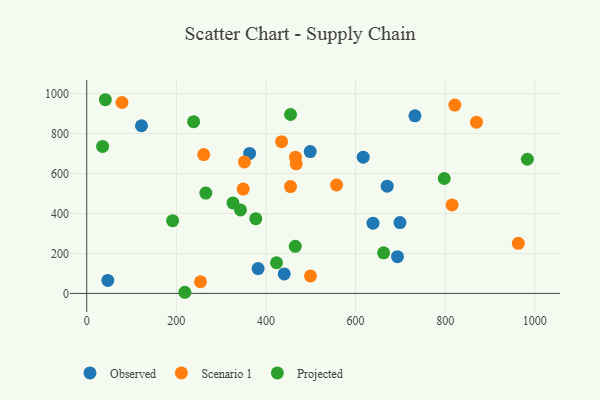
{"axis": {"x": "Engine Size", "y": "Fuel Efficiency"}, "legend": ["Observed", "Projected", "Scenario 1"], "data": [{"x": "363.6", "y": 700.1, "type": "Observed"}, {"x": "382.5", "y": 124.4, "type": "Observed"}, {"x": "693.6", "y": 184.0, "type": "Observed"}, {"x": "498.8", "y": 709.6, "type": "Observed"}, {"x": "670.6", "y": 536.5, "type": "Observed"}, {"x": "617.1", "y": 681.3, "type": "Observed"}, {"x": "638.9", "y": 351.4, "type": "Observed"}, {"x": "440.8", "y": 97.5, "type": "Observed"}, {"x": "47.1", "y": 65.0, "type": "Observed"}, {"x": "732.6", "y": 888.4, "type": "Observed"}, {"x": "699.1", "y": 354.5, "type": "Observed"}, {"x": "122.2", "y": 838.7, "type": "Observed"}, {"x": "78.7", "y": 955.0, "type": "Scenario 1"}, {"x": "869.9", "y": 856.7, "type": "Scenario 1"}, {"x": "557.6", "y": 542.3, "type": "Scenario 1"}, {"x": "467.5", "y": 648.2, "type": "Scenario 1"}, {"x": "454.9", "y": 534.5, "type": "Scenario 1"}, {"x": "349.2", "y": 521.8, "type": "Scenario 1"}, {"x": "261.1", "y": 694.3, "type": "Scenario 1"}, {"x": "815.5", "y": 442.9, "type": "Scenario 1"}, {"x": "435.0", "y": 759.3, "type": "Scenario 1"}, {"x": "963.3", "y": 250.5, "type": "Scenario 1"}, {"x": "466.0", "y": 681.7, "type": "Scenario 1"}, {"x": "254.0", "y": 58.4, "type": "Scenario 1"}, {"x": "499.4", "y": 87.3, "type": "Scenario 1"}, {"x": "352.0", "y": 658.0, "type": "Scenario 1"}, {"x": "821.6", "y": 942.3, "type": "Scenario 1"}, {"x": "423.6", "y": 153.3, "type": "Projected"}, {"x": "191.7", "y": 363.9, "type": "Projected"}, {"x": "455.0", "y": 894.9, "type": "Projected"}, {"x": "238.6", "y": 859.3, "type": "Projected"}, {"x": "662.6", "y": 202.8, "type": "Projected"}, {"x": "41.6", "y": 968.9, "type": "Projected"}, {"x": "35.5", "y": 735.2, "type": "Projected"}, {"x": "326.4", "y": 452.7, "type": "Projected"}, {"x": "219.0", "y": 5.7, "type": "Projected"}, {"x": "798.0", "y": 574.9, "type": "Projected"}, {"x": "265.8", "y": 502.1, "type": "Projected"}, {"x": "983.5", "y": 671.1, "type": "Projected"}, {"x": "465.4", "y": 235.6, "type": "Projected"}, {"x": "377.4", "y": 373.7, "type": "Projected"}, {"x": "343.1", "y": 417.4, "type": "Projected"}]}